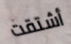
أشتقت